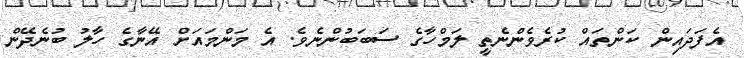
އެފަދައިން ކަންތައް ކުރެވެންނެތީ ލަމްހާގެ ސަބަބުންނެވެ. އެ މަންމައަށް އޭނާގެ ހާލު ބުނެދޭން